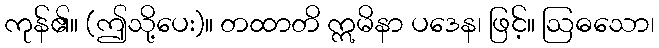
ကုန်၏။ (ဤသို့ပေး)။ တထာတိ ဣမိနာ ပဒေန၊ ဖြင့်။ ဩဓသော၊